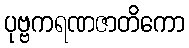
ပုဗ္ဗကရဏဇာတိကော